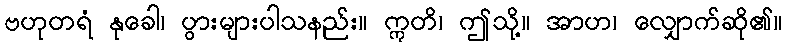
ဗဟုတရံ နုခေါ၊ ပွားများပါသနည်း။ ဣတိ၊ ဤသို့။ အာဟ၊ လျှောက်ဆို၏။